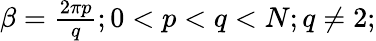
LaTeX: \begin{array}{r}{\beta=\frac{2\pi p}{q};0<p<q<N;q\neq 2;}\end{array}